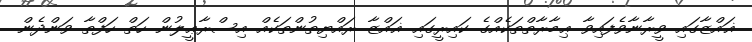
ޣައްޒާގައި ވީރާނާވެފައިވާ ޢިމާރާތްތަކެއްގެ ކައިރީގައި ޣައްޒާ ރައްޔިތުންތަކެއް އިސްރާޢީލުން ހަތް ހަފްތާ ވަންދެން